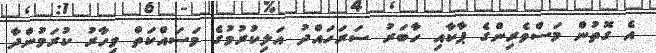
އެ ގޮތުން މަސްވެރިންގެ ޕާކާއި ހާބަރު ސަރަހައްދު އަލިކުރުމުގެ މަސައްކަތް މިހާރު ކުރަމުންދާ